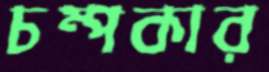
চম্পকার